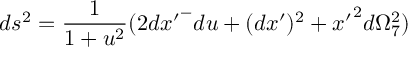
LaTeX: d s ^ { 2 } = \frac { 1 } { 1 + u ^ { 2 } } ( 2 { d x ^ { \prime } } ^ { - } d u + ( d x ^ { \prime } ) ^ { 2 } + { x ^ { \prime } } ^ { 2 } d \Omega _ { 7 } ^ { 2 } )